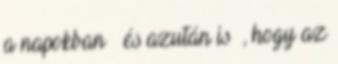
a napokban – és azután is –, hogy az